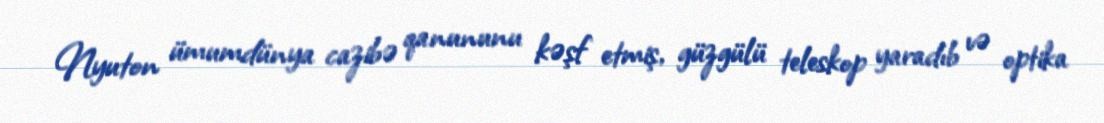
Nyuton ümumdünya cazibə qanununu kəşf etmiş, güzgülü teleskop yaradıb və optika